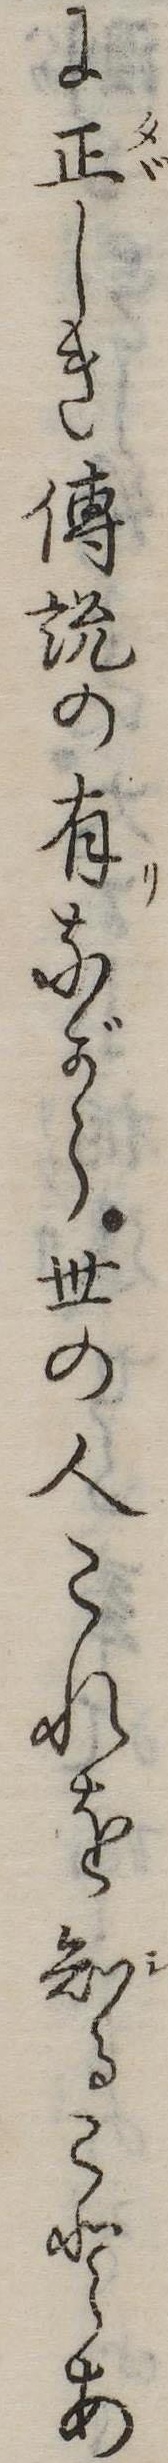
に正しき伝説の有ながら世の人これを知ることあ